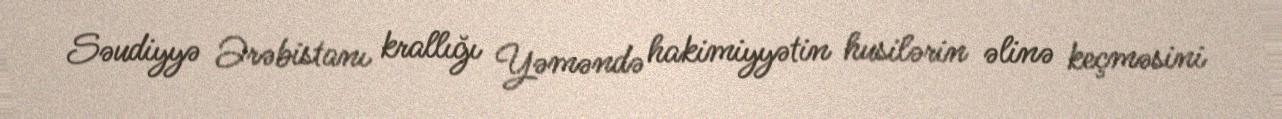
Səudiyyə Ərəbistanı krallığı Yəməndə hakimiyyətin husilərin əlinə keçməsini